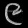
Digit: ၉